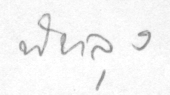
พัทลุง